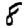
Digit: 8